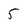
Character: 5